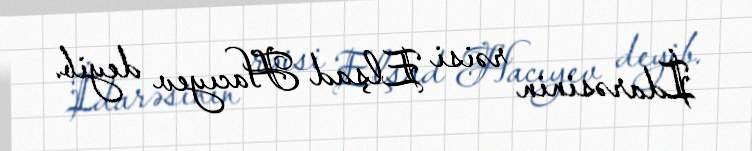
İdarəsinin rəisi Elşad Hacıyev deyib.